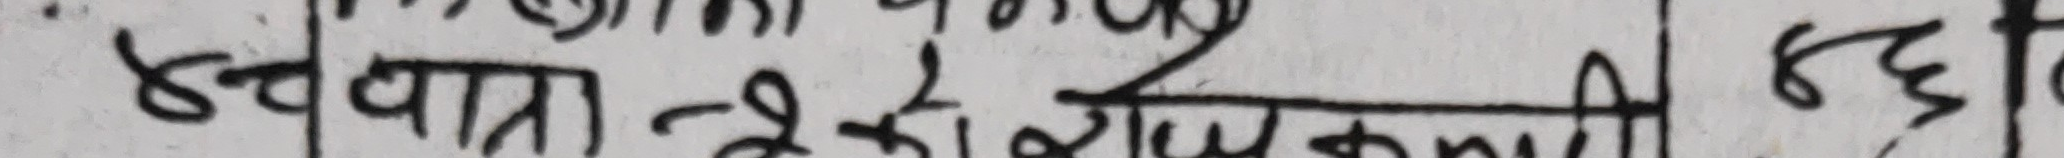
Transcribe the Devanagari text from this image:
४ द्वारा २१ से २६६